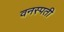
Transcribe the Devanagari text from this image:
वनस्‍पती